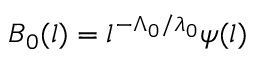
B _ { 0 } ( l ) = l ^ { - \Lambda _ { 0 } / \lambda _ { 0 } } \psi ( l )